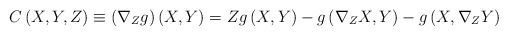
\begin{align*}C\left( X,Y,Z\right) \equiv \left( \nabla _{Z}g\right) \left( X,Y\right)=Zg\left( X,Y\right) -g\left( \nabla _{Z}X,Y\right) -g\left( X,\nabla_{Z}Y\right) \end{align*}